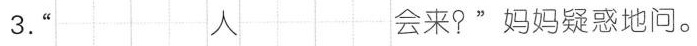
3. “ 人 会来？”妈妈疑惑地问。